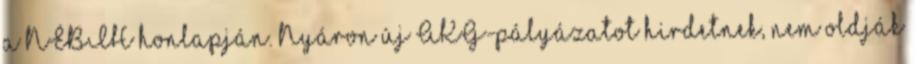
a NÉBIH honlapján. Nyáron új AKG-pályázatot hirdetnek, nem oldják